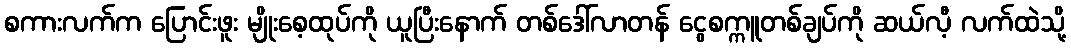
စကားလက်က ပြောင်းဖူး မျိုးစေ့ထုပ်ကို ယူပြီးနောက် တစ်ဒေါ်လာတန် ငွေစက္ကူတစ်ချပ်ကို ဆယ်လီ့ လက်ထဲသို့